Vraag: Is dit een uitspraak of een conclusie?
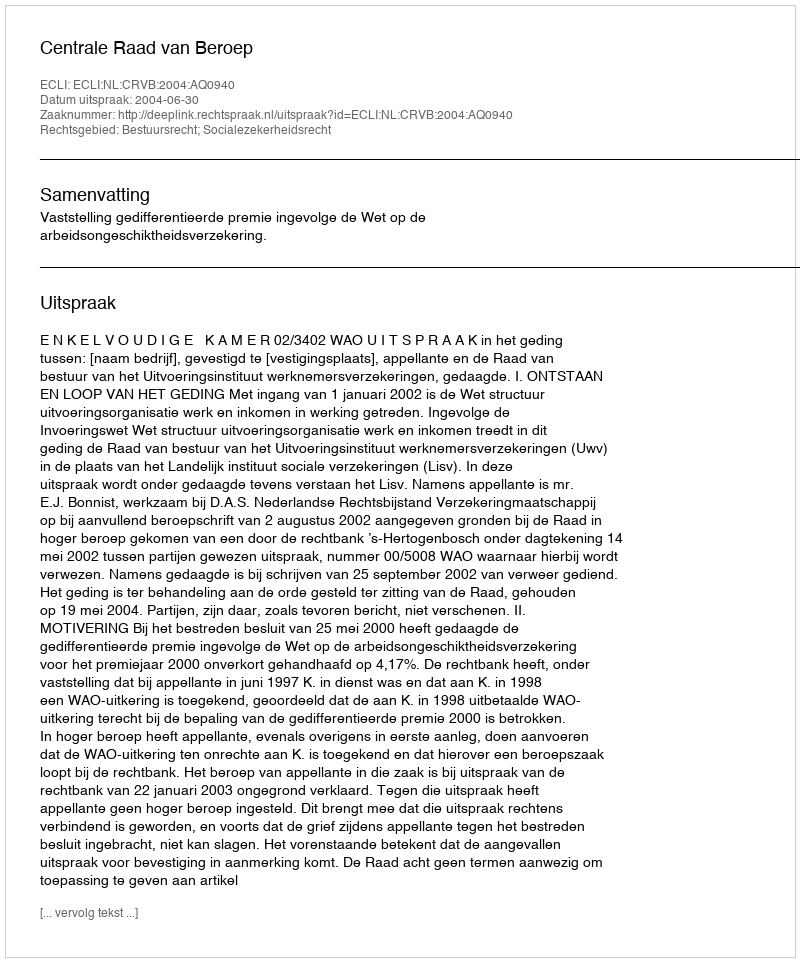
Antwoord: Uitspraak